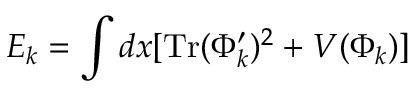
E _ { k } = \int d x [ \mathrm { T r } ( \Phi _ { k } ^ { \prime } ) ^ { 2 } + V ( \Phi _ { k } ) ]